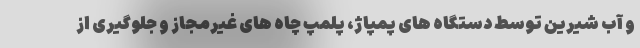
و آب شیرین توسط دستگاه های پمپاژ، پلمپ چاه های غیرمجاز و جلوگیری از